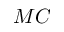
M C